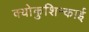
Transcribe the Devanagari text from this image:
क्योकुशिन्काई